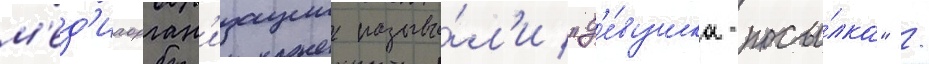
м'ед'иаорган'изации называ́л'и "д'е́вушка-посы́лка" /